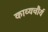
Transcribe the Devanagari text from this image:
काव्यचौर्य